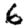
Digit: 6